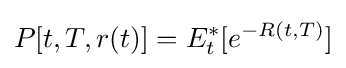
P[t,T,r(t)]=E_{t}^{\ast }[e^{-R(t,T)}]